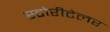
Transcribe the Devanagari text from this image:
स्टोरीटेलर